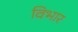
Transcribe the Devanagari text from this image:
विभार